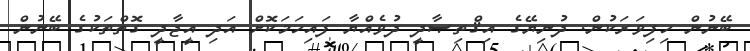
ބޭނުން ހިފިވަރަކުން. ދުނިޔޭގެ އިޤްތިޞާދީ ދުވެއްޔާ ފައިހަމަކޮށް އަދި އީޖާދީ ގޮތްތަކުގެ ބޭނުން